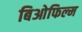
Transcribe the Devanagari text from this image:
बिओफिल्म